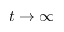
t \to \infty